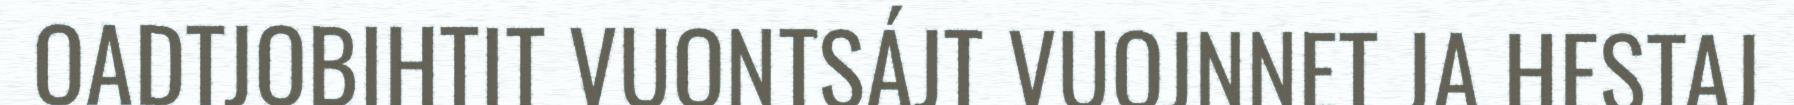
OADTJOBIHTIT VUONTSÁJT VUOJNNET JA HESTAJ